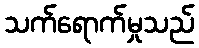
သက်ရောက်မှုသည်